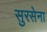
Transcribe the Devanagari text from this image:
सुरसेना